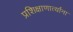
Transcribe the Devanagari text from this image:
प्रशिक्षाणार्त्यांना